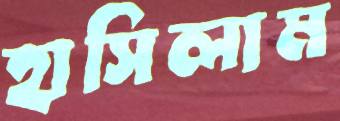
হাসিলাম